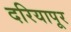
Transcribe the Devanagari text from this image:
दरियापूर